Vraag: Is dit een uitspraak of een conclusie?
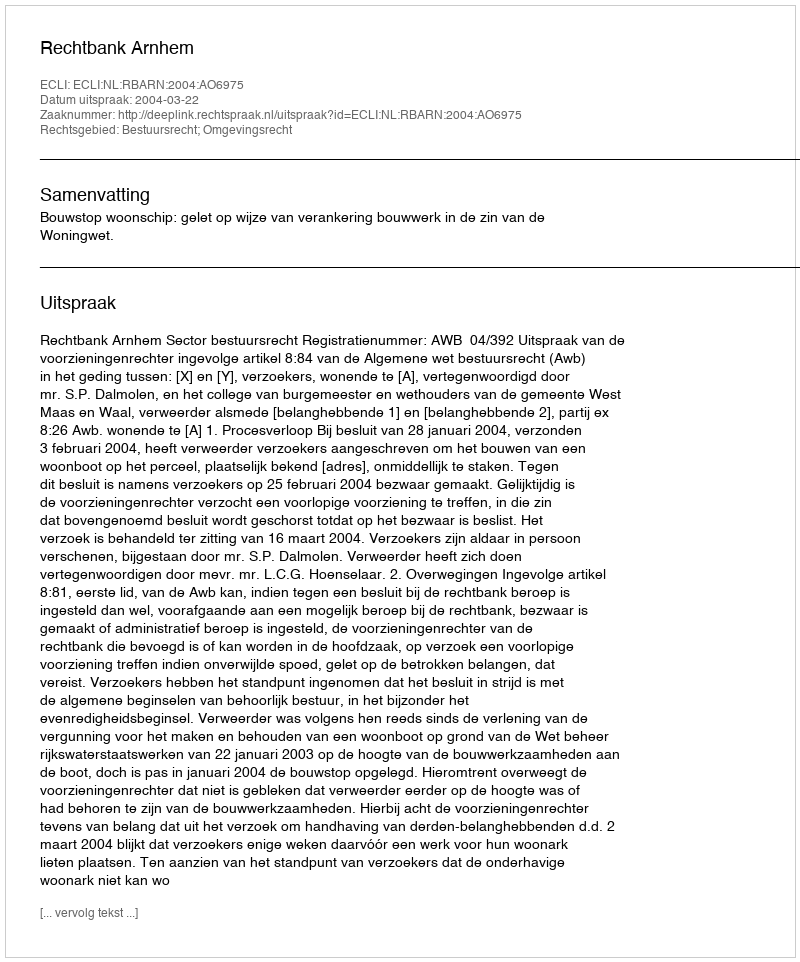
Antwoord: Uitspraak